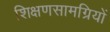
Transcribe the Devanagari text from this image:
शिक्षणसामग्रियों